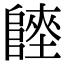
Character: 𨻏